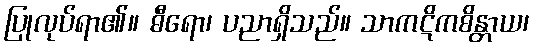
ပြုလုပ်ရာ၏။ ဓီရော၊ ပညာရှိသည်။ သာကဋိကစိန္တာယ၊